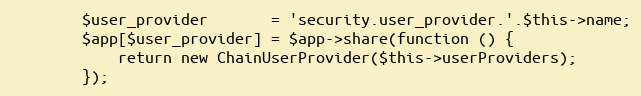
Language: PHP
        $user_provider       = 'security.user_provider.'.$this->name;
        $app[$user_provider] = $app->share(function () {
            return new ChainUserProvider($this->userProviders);
        });